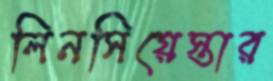
লিনসিয়েস্তার